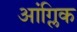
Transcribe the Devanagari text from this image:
आंग्लिक